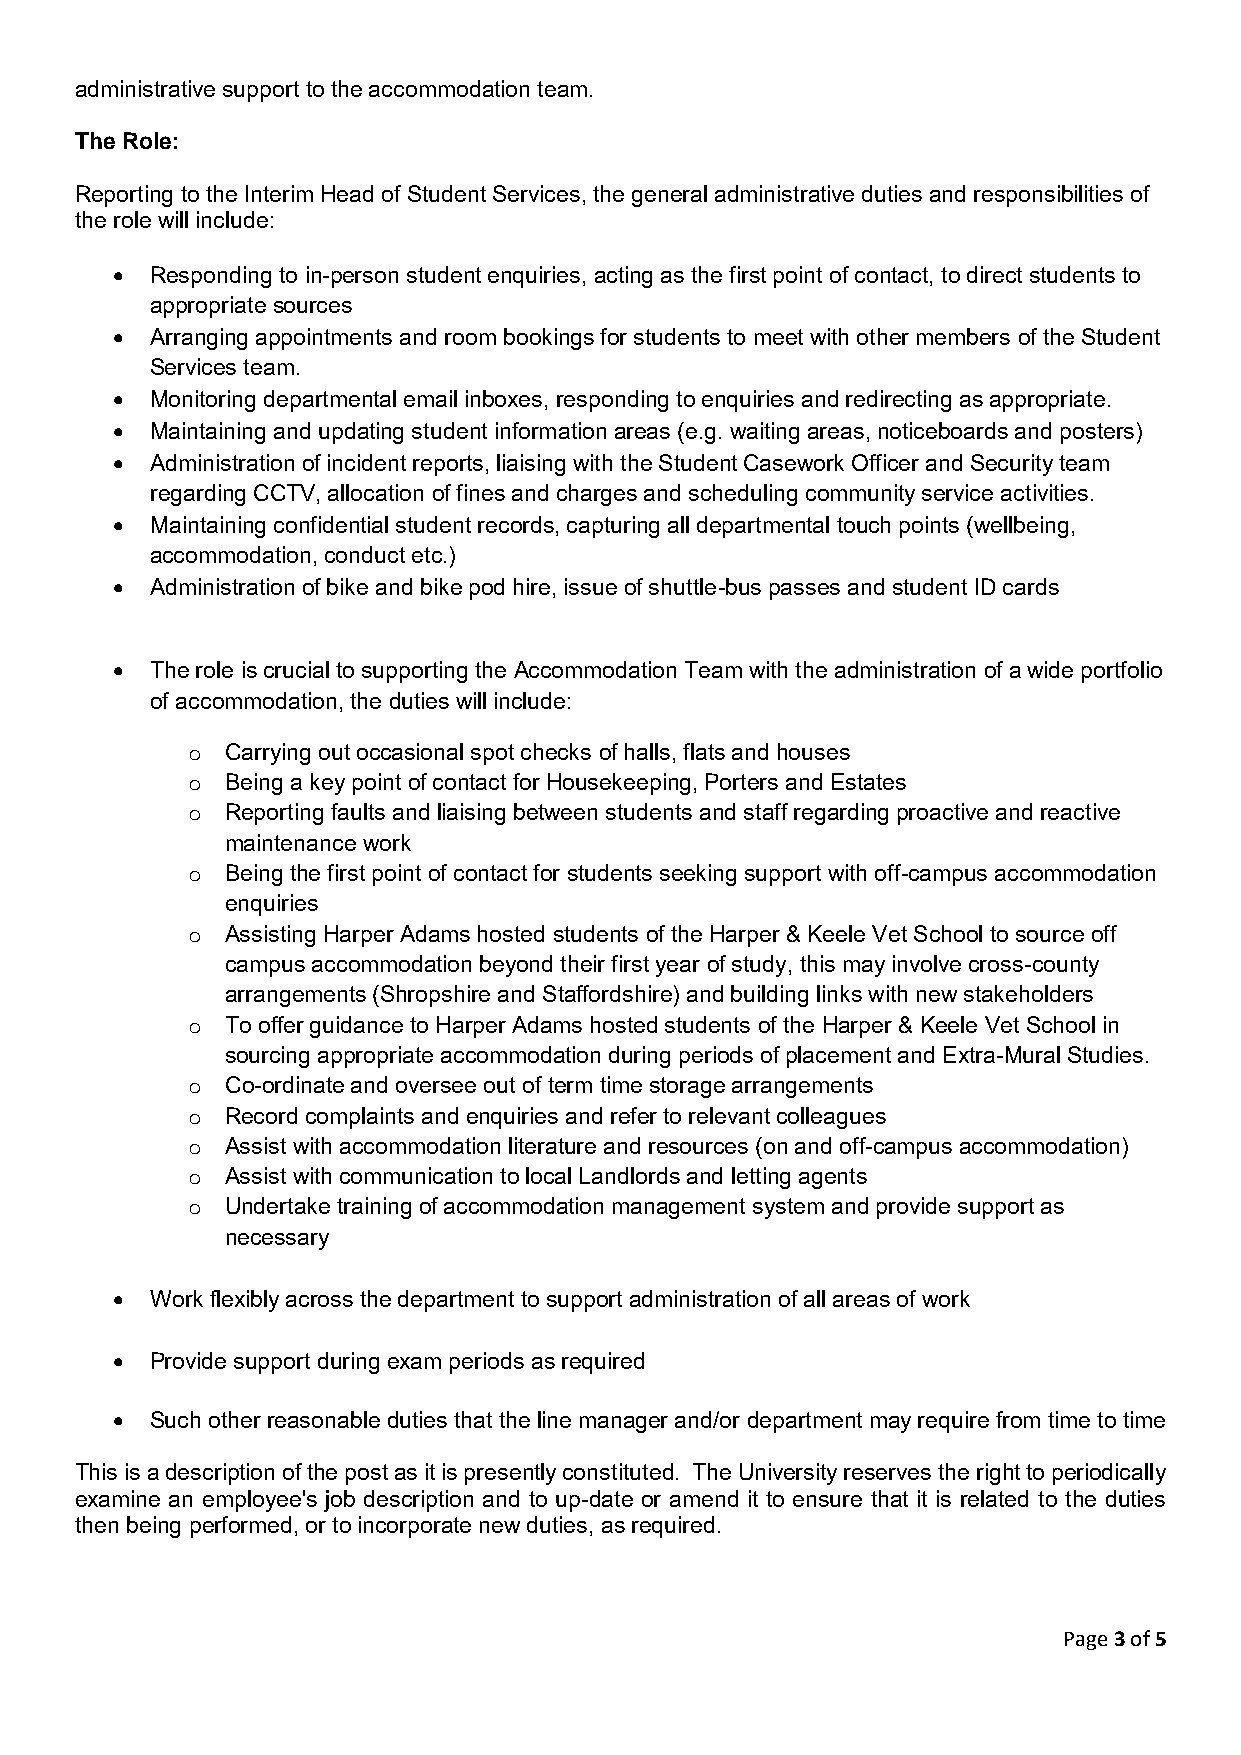
administrative support to the accommodation team.
 The Role:
 Reporting to the Interim Head of Student Services, the general administrative duties and responsibilities of
 the role will include:
 •  Responding to in-person student enquiries, acting as the first point of contact, to direct students to
 appropriate sources
 •  Arranging appointments and room bookings for students to meet with other members of the Student
 Services team.
 •  Monitoring departmental email inboxes, responding to enquiries and redirecting as appropriate.
 •  Maintaining and updating student information areas (e.g. waiting areas, noticeboards and posters)
 •  Administration of incident reports, liaising with the Student Casework Officer and Security team
 regarding CCTV, allocation of fines and charges and scheduling community service activities.
 •  Maintaining confidential student records, capturing all departmental touch points (wellbeing,
 accommodation, conduct etc.)
 •  Administration of bike and bike pod hire, issue of shuttle-bus passes and student ID cards
 •  The role is crucial to supporting the Accommodation Team with the administration of a wide portfolio
 of accommodation, the duties will include:
 o  Carrying out occasional spot checks of halls, flats and houses
 o  Being a key point of contact for Housekeeping, Porters and Estates
 o  Reporting faults and liaising between students and staff regarding proactive and reactive
 maintenance work
 o  Being the first point of contact for students seeking support with off-campus accommodation
 enquiries
 o  Assisting Harper Adams hosted students of the Harper & Keele Vet School to source off
 campus accommodation beyond their first year of study, this may involve cross-county
 arrangements (Shropshire and Staffordshire) and building links with new stakeholders
 o  To offer guidance to Harper Adams hosted students of the Harper & Keele Vet School in
 sourcing appropriate accommodation during periods of placement and Extra-Mural Studies.
 o  Co-ordinate and oversee out of term time storage arrangements
 o  Record complaints and enquiries and refer to relevant colleagues
 o  Assist with accommodation literature and resources (on and off-campus accommodation)
 o  Assist with communication to local Landlords and letting agents
 o  Undertake training of accommodation management system and provide support as
 necessary
 •  Work flexibly across the department to support administration of all areas of work
 •  Provide support during exam periods as required
 •  Such other reasonable duties that the line manager and/or department may require from time to time
 This is a description of the post as it is presently constituted. The University reserves the right to periodically
 examine an employee's job description and to up-date or amend it to ensure that it is related to the duties
 then being performed, or to incorporate new duties, as required.
 Page 3 of 5